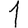
Digit: 1